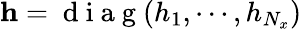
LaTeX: \mathbf{h}=\mathrm{~d~i~a~g~}(h_{1},\cdots,h_{N_{x}})